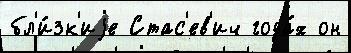
бл'и́зк'иjе Стас'ев'ич года́х он